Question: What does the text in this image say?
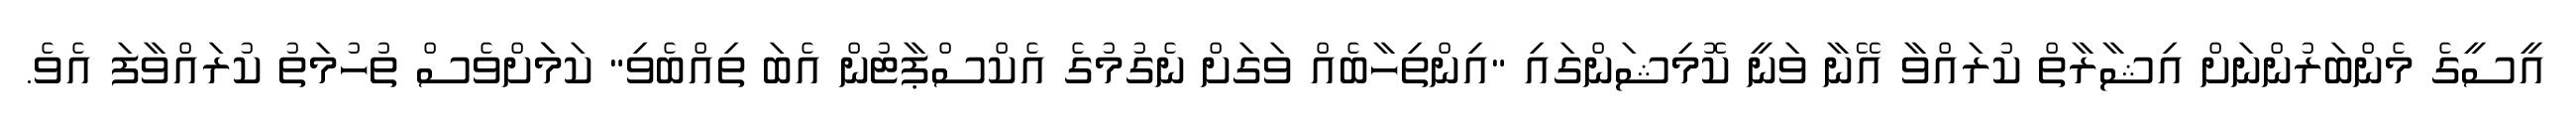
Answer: އީސީގެ މެންބަރުންނަށް އިޝާރާތް ކުރައްވާ އޭނާ ވަނީ ކޮމިޝަންގައި "އިންތިހާބެއް ވަގަށް ނެގުމުގެ އެކްސްޕާޓުން އެބަ ތިއްބެވި" ކަމަަށްވެސް ތުހުމަތު ކުރައްވާފަ އެވެ.